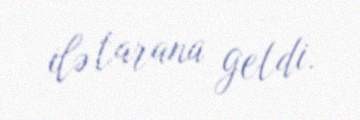
ilə tarana getdi.